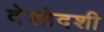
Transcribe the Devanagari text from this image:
देशोदशी